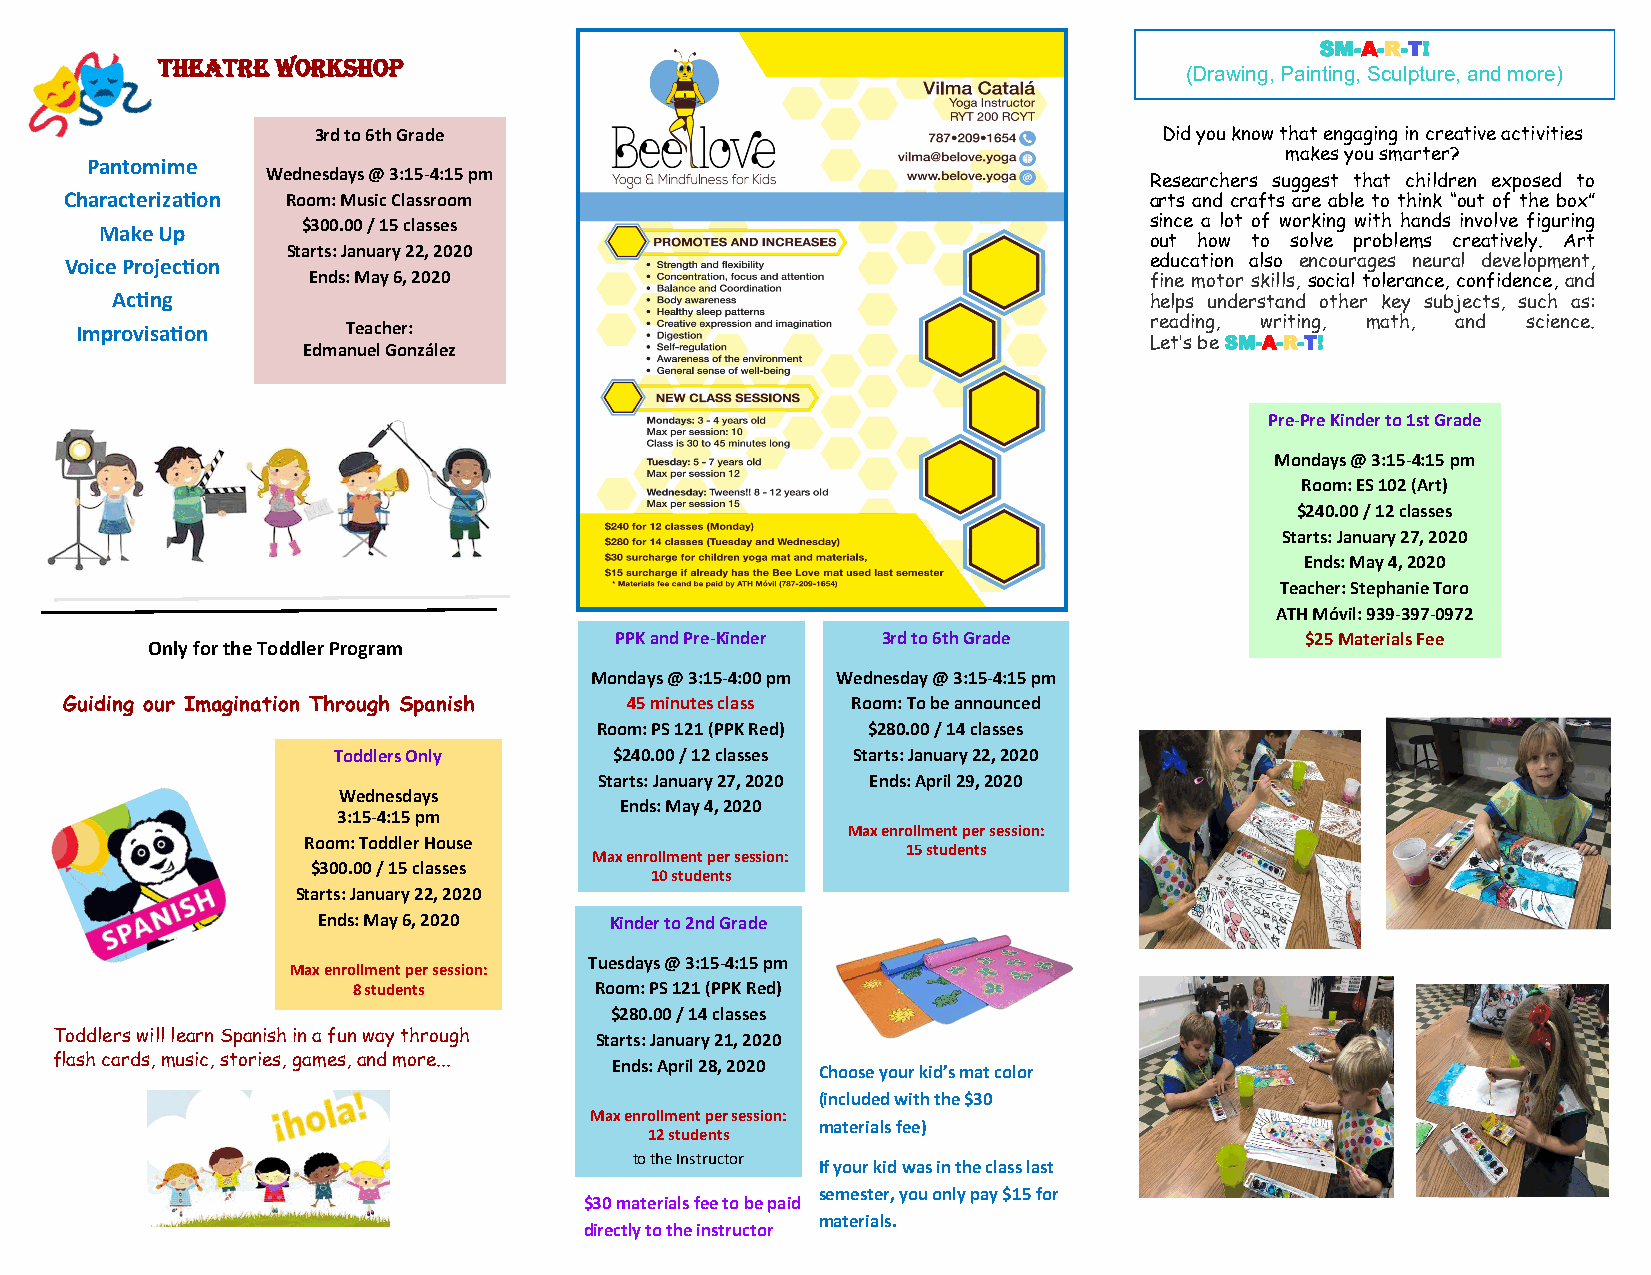
SM-A-R-T!
 THEATRE WORKSHOP
 (Drawing, Painting, Sculpture, and more)
 3rd to 6th Grade                                        Did you know that engaging in creative activities
 Pantomime
 makes you smarter?
 Wednesdays @ 3:15-4:15 pm
 Researchers suggest that children exposed to
 Characterization Room: Music Classroom                                  arts and crafts are able to think “out of the box”
 Make Up      $300.00 / 15 classes                                    since a lot of working with hands involve figuring
 out how to solve problems creatively. Art
 Starts: January 22, 2020
 Voice Projection                                                        education also encourages neural development,
 Ends: May 6, 2020                                       fine motor skills, social tolerance, confidence, and
 Acting                                                               helps understand other key subjects, such as:
 Improvisation     Teacher:                                             reading, writing, math, and science.
 Edmanuel González                                       Let’s be SM-A-R-T!
 Pre-Pre Kinder to 1st Grade
 Mondays @ 3:15-4:15 pm
 Room: ES 102 (Art)
 $240.00 / 12 classes
 Starts: January 27, 2020
 Ends: May 4, 2020
 Teacher: Stephanie Toro
 ATH Móvil: 939-397-0972
 PPK and Pre-Kinder 3rd to 6th Grade          $25 Materials Fee
 Only for the Toddler Program
 Mondays @ 3:15-4:00 pm Wednesday @ 3:15-4:15 pm
 Guiding our Imagination Through Spanish 45 minutes class Room: To be announced
 Room: PS 121 (PPK Red) $280.00 / 14 classes
 Toddlers Only      $240.00 / 12 classes Starts: January 22, 2020
 Starts: January 27, 2020 Ends: April 29, 2020
 Wednesdays
 Ends: May 4, 2020
 3:15-4:15 pm
 Max enrollment per session:
 Room: Toddler House
 15 students
 Max enrollment per session:
 $300.00 / 15 classes
 10 students
 Starts: January 22, 2020
 Ends: May 6, 2020  Kinder to 2nd Grade
 Tuesdays @ 3:15-4:15 pm
 Max enrollment per session:
 8 students      Room: PS 121 (PPK Red)
 $280.00 / 14 classes
 Toddlers will learn Spanish in a fun way through Starts: January 21, 2020
 flash cards, music, stories, games, and more... Ends: April 28, 2020
 Choose your kid’s mat color
 (included with the $30
 Max enrollment per session:
 materials fee)
 12 students
 to the Instructor
 If your kid was in the class last
 semester, you only pay $15 for
 $30 materials fee to be paid
 materials.
 directly to the instructor